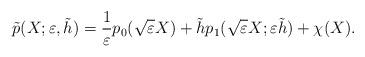
LaTeX: \begin{align*}\tilde p(X;\varepsilon,\tilde h)= \frac{1}{\varepsilon} p_0(\sqrt{\varepsilon} X) +\tilde h p_1(\sqrt{\varepsilon} X; \varepsilon \tilde h) +\chi(X).\end{align*}